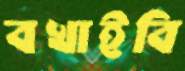
বখাইবি